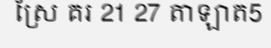
ស្រែ គរ 21 27 តាឡាត5